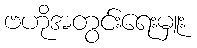
ဗဟိုအတွင်းရေးမှူး